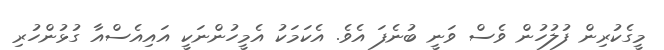
މީގެކުރިން ފުލުހުން ވެސް ވަނީ ބުނެފަ އެވެ. އެކަމަކު އެމީހުންނަކީ އައިއެސްއާ ގުޅުންހުރި